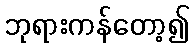
ဘုရားကန်တော့၍